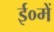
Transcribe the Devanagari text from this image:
ई०में